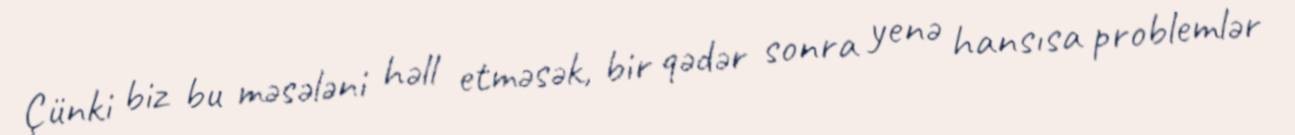
Çünki biz bu məsələni həll etməsək, bir qədər sonra yenə hansısa problemlər